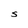
Character: S